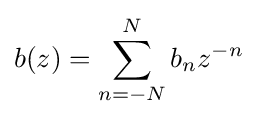
b(z)=\sum _{n=-N}^{N}b_{n}z^{-n}